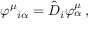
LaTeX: \varphi ^ { \mu } { } _ { i \alpha } = \hat { D } _ { i } \varphi _ { \alpha } ^ { \mu } \, ,